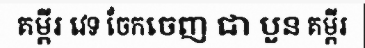
គម្ពីរ វេទ ចែកចេញ ជា បួន គម្ពីរ